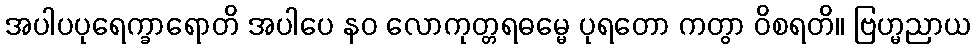
အပါပပုရေက္ခာရောတိ အပါပေ နဝ လောကုတ္တရဓမ္မေ ပုရတော ကတွာ ဝိစရတိ။ ဗြဟ္မညာယ